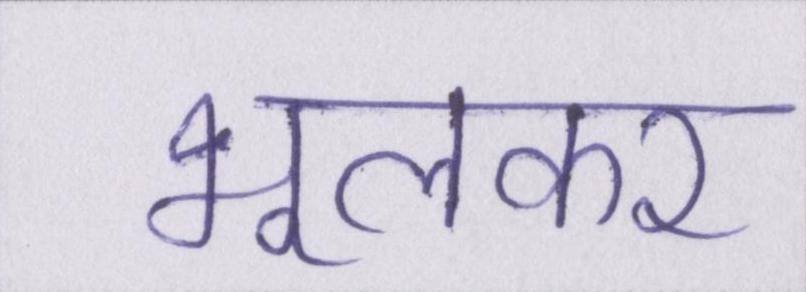
भूलकर